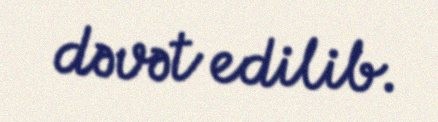
dəvət edilib.